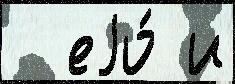
  еjо́ и